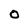
Character: 0